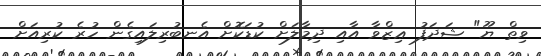
ވިތް ޔޫ" ޝަދަފު ޢިޒްވާ އާއި ދިމާލަށް ކުޑަކޮށް އެނބުރިލައިގެން ހުރެ ކުރިއަށް